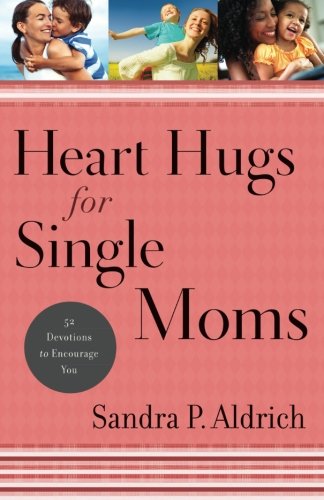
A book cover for Heart Hugs for Single Moms: 52 Devotions to Encourage You; Sandra P. Aldrich; Parenting & Relationships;